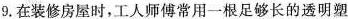
9.在装修房屋时，工人师傅常用一根足够长的透明塑